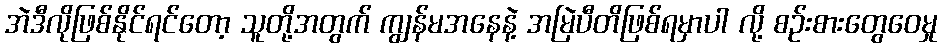
အဲဒီလိုဖြစ်နိုင်ရင်တော့ သူတို့အတွက် ကျွန်မအနေနဲ့ အမြဲပီတိဖြစ်ရမှာပါ လို့ စဉ်းစားတွေဝေမှု